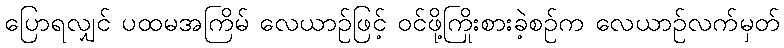
ပြောရလျှင် ပထမအကြိမ် လေယာဉ်ဖြင့် ဝင်ဖို့ကြိုးစားခဲ့စဉ်က လေယာဉ်လက်မှတ်